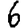
Digit: 6